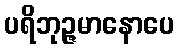
ပရိဘုဉ္ဇမာနောပေ